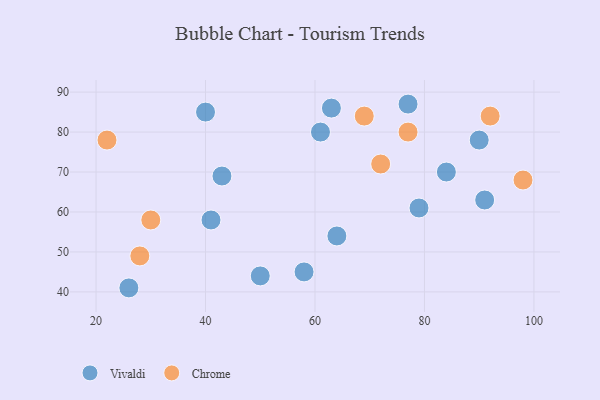
{"axis": {"x": "GDP", "y": "Life Expectancy"}, "legend": ["Chrome", "Vivaldi"], "data": [{"x": "90", "y": 78, "type": "Vivaldi"}, {"x": "61", "y": 80, "type": "Vivaldi"}, {"x": "77", "y": 87, "type": "Vivaldi"}, {"x": "50", "y": 44, "type": "Vivaldi"}, {"x": "58", "y": 45, "type": "Vivaldi"}, {"x": "26", "y": 41, "type": "Vivaldi"}, {"x": "43", "y": 69, "type": "Vivaldi"}, {"x": "91", "y": 63, "type": "Vivaldi"}, {"x": "63", "y": 86, "type": "Vivaldi"}, {"x": "79", "y": 61, "type": "Vivaldi"}, {"x": "84", "y": 70, "type": "Vivaldi"}, {"x": "41", "y": 58, "type": "Vivaldi"}, {"x": "64", "y": 54, "type": "Vivaldi"}, {"x": "40", "y": 85, "type": "Vivaldi"}, {"x": "92", "y": 84, "type": "Chrome"}, {"x": "72", "y": 72, "type": "Chrome"}, {"x": "98", "y": 68, "type": "Chrome"}, {"x": "69", "y": 84, "type": "Chrome"}, {"x": "30", "y": 58, "type": "Chrome"}, {"x": "22", "y": 78, "type": "Chrome"}, {"x": "28", "y": 49, "type": "Chrome"}, {"x": "77", "y": 80, "type": "Chrome"}]}